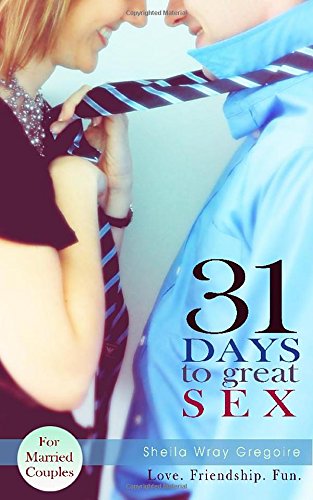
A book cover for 31 Days to Great Sex; Sheila Wray Gregoire; Christian Books & Bibles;